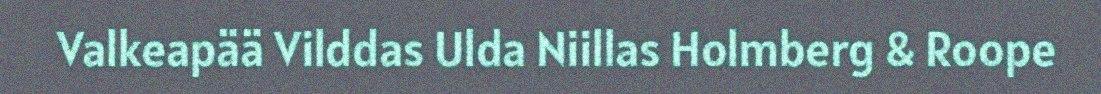
Valkeapää Vilddas Ulda Niillas Holmberg & Roope